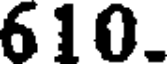
610.